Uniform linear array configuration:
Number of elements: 24
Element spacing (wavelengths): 0.75
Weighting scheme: hamming
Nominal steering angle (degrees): -30
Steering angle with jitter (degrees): -31.74
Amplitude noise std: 0.05
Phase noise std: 0.05

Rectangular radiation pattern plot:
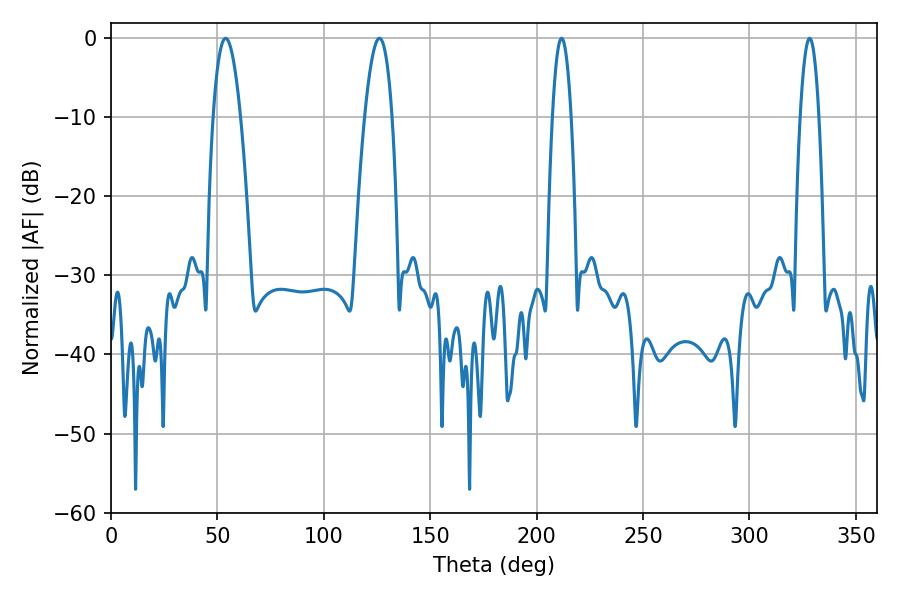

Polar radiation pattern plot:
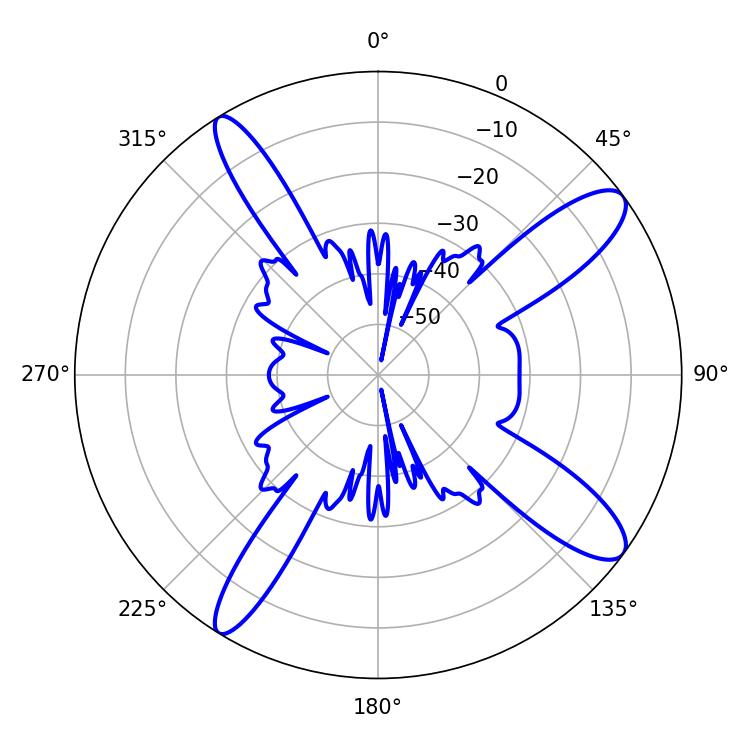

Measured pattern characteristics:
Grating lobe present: TRUE
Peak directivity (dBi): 12.232
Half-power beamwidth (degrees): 7.02
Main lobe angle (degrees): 53.82